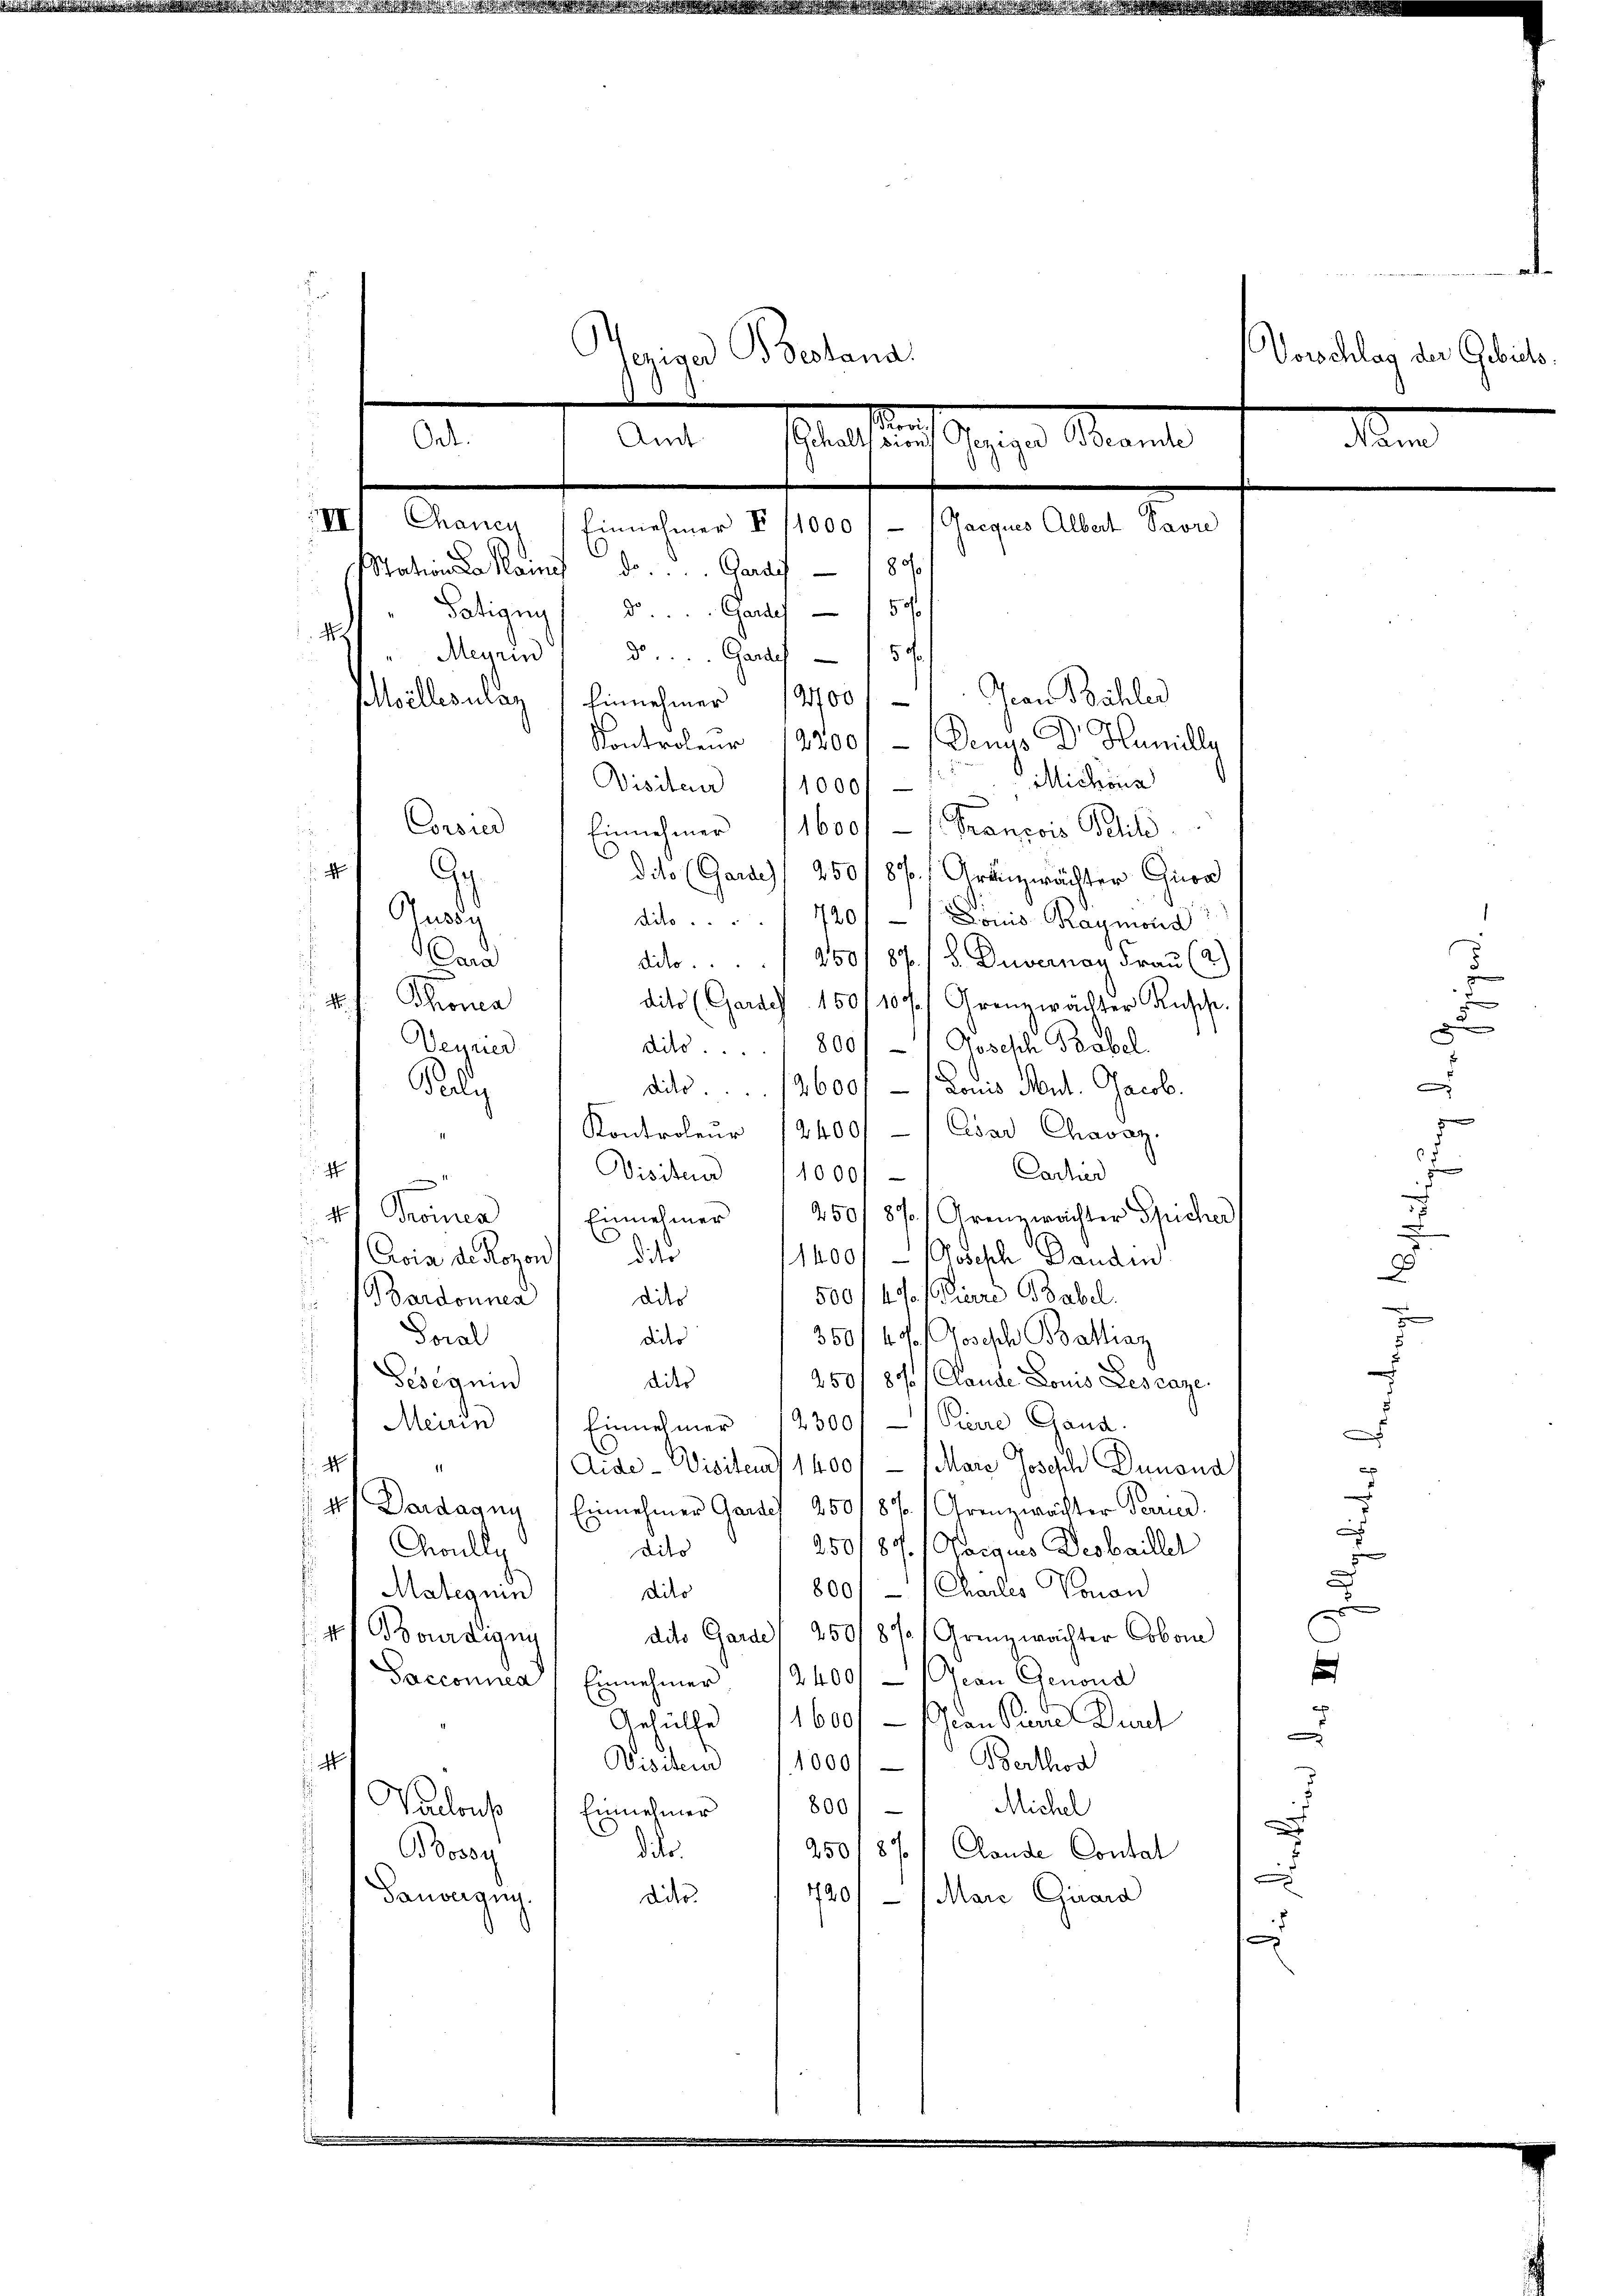
Concier Einnehmer 11600 - 1. Francois Petit
i

G
dito (Garde) 250 f 8 % Aranzwächter Gira
Ausg
dito . . . 7201- / Donis Kaumonis
Cara
dit 250/ 87 / 5. Duvernan Frau (2.

Thoma
dito (Gardes 150/1071 Grenzwächter Ansche
Veyried
dito. 800/-1 Joseph Babel
¬
dito. 2600 f - Louis Mut. Jacob.
Poly
Kontroleŭr 12400/- / Cesar Chavaz.
4
Carher
Visiten 11000
4
Promen
250/87/. Grenzwachter Spicher
Einnehmer
C
d
d
Avis de Rozent dite
1400/ - (Godisch Banden.
500 f 40 / Pierre Babel.
Bardonnen
dies
u
Soral
dider
350/ 47 Joseph Ballinz
i
e
Geseguin
2501 87 Claude Louis Lescaze.
dito
Meine
Einnehmer 12300/ -Pierre Gand.
d
4
d
Aide-Visitert 1400 f - (Mare Josisch Dunond
4
e
 4. Dardagny, 1 Einnehmer Gardes 250187/Grenzwachter Parrier
Coully
250187/Gaegus Decbailler
dito
s
800/ — (Charles Voran
dito
Matequin
.
4 Bourdigung
dito Garde) 250/8% Grenzwachter Cobon
e
Saccounea " Einnehmer. 12400. - Jean Genond
x
Anhülle 1600 f - (can Seine Dur
.
c
Visitend 11000.- Berthod
e
800/
Michel
Vaclous Einnehmer
.
d der
250187 Claude Contal
Bossy
d
790 — 1 Marc Girard
Tauvergug.
dito.
2

Ort.

Veriver Beland
0
d
Amt
Gchalls ein Geziger Beande
damn
III) Chancy / Einnehmer II 11000 / (Gacques Albert Pavre
Station da keine der Paris 180
Potigny  ..  ..  .  Gardes 1 50
4
Meyrin
d Garde 15
Jean Bähler
Moellerulay Einnehmer 187001
Kontroler 18200/ - Denus Dr. Humille
Michöns
Visiten 1000f

Vorschlag der Gebiets.

2
6

S
d
d